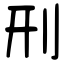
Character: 刑